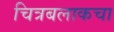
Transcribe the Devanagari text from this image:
चित्रबलाकचा